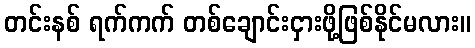
တင်းနစ် ရက်ကက် တစ်ချောင်းငှားဖို့ဖြစ်နိုင်မလား။